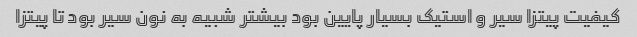
کیفیت پیتزا سیر و استیک بسیار پایین بود بیشتر شبیه به نون سیر بود تا پیتزا